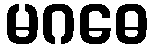
မဂဓေ